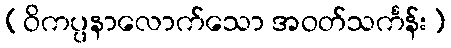
(ဝိကပ္ပနာလောက်သော အဝတ်သင်္ကန်း)